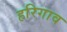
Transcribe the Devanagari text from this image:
हरिगाव